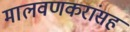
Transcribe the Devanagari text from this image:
मालवणकरांसह